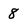
Character: 8